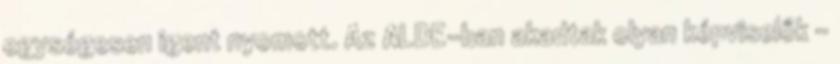
egységesen igent nyomott. Az ALDE-ban akadtak olyan képviselők –